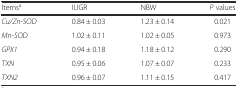
<table><thead><tr><td><b>Items<sup>a</sup></b></td><td><b>IUGR</b></td><td><b>NBW</b></td><td><b><i>P</i> values</b></td></tr></thead><tbody><tr><td><i>Cu/Zn-SOD</i></td><td>0.84 ± 0.03</td><td>1.23 ± 0.14</td><td>0.021</td></tr><tr><td><i>Mn-SOD</i></td><td>1.02 ± 0.11</td><td>1.02 ± 0.05</td><td>0.973</td></tr><tr><td><i>GPX1</i></td><td>0.94 ± 0.18</td><td>1.18 ± 0.12</td><td>0.290</td></tr><tr><td><i>TXN</i></td><td>0.95 ± 0.06</td><td>1.07 ± 0.07</td><td>0.233</td></tr><tr><td><i>TXN2</i></td><td>0.96 ± 0.07</td><td>1.11 ± 0.15</td><td>0.417</td></tr></tbody></table>